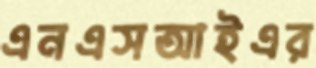
এনএসআইএর